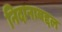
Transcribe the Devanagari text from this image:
निदानाबद्दल